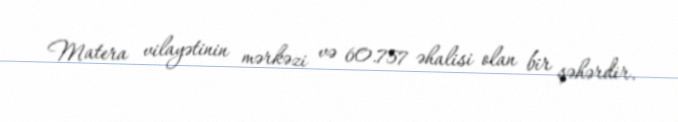
Matera vilayətinin mərkəzi və 60.757 əhalisi olan bir şəhərdir.